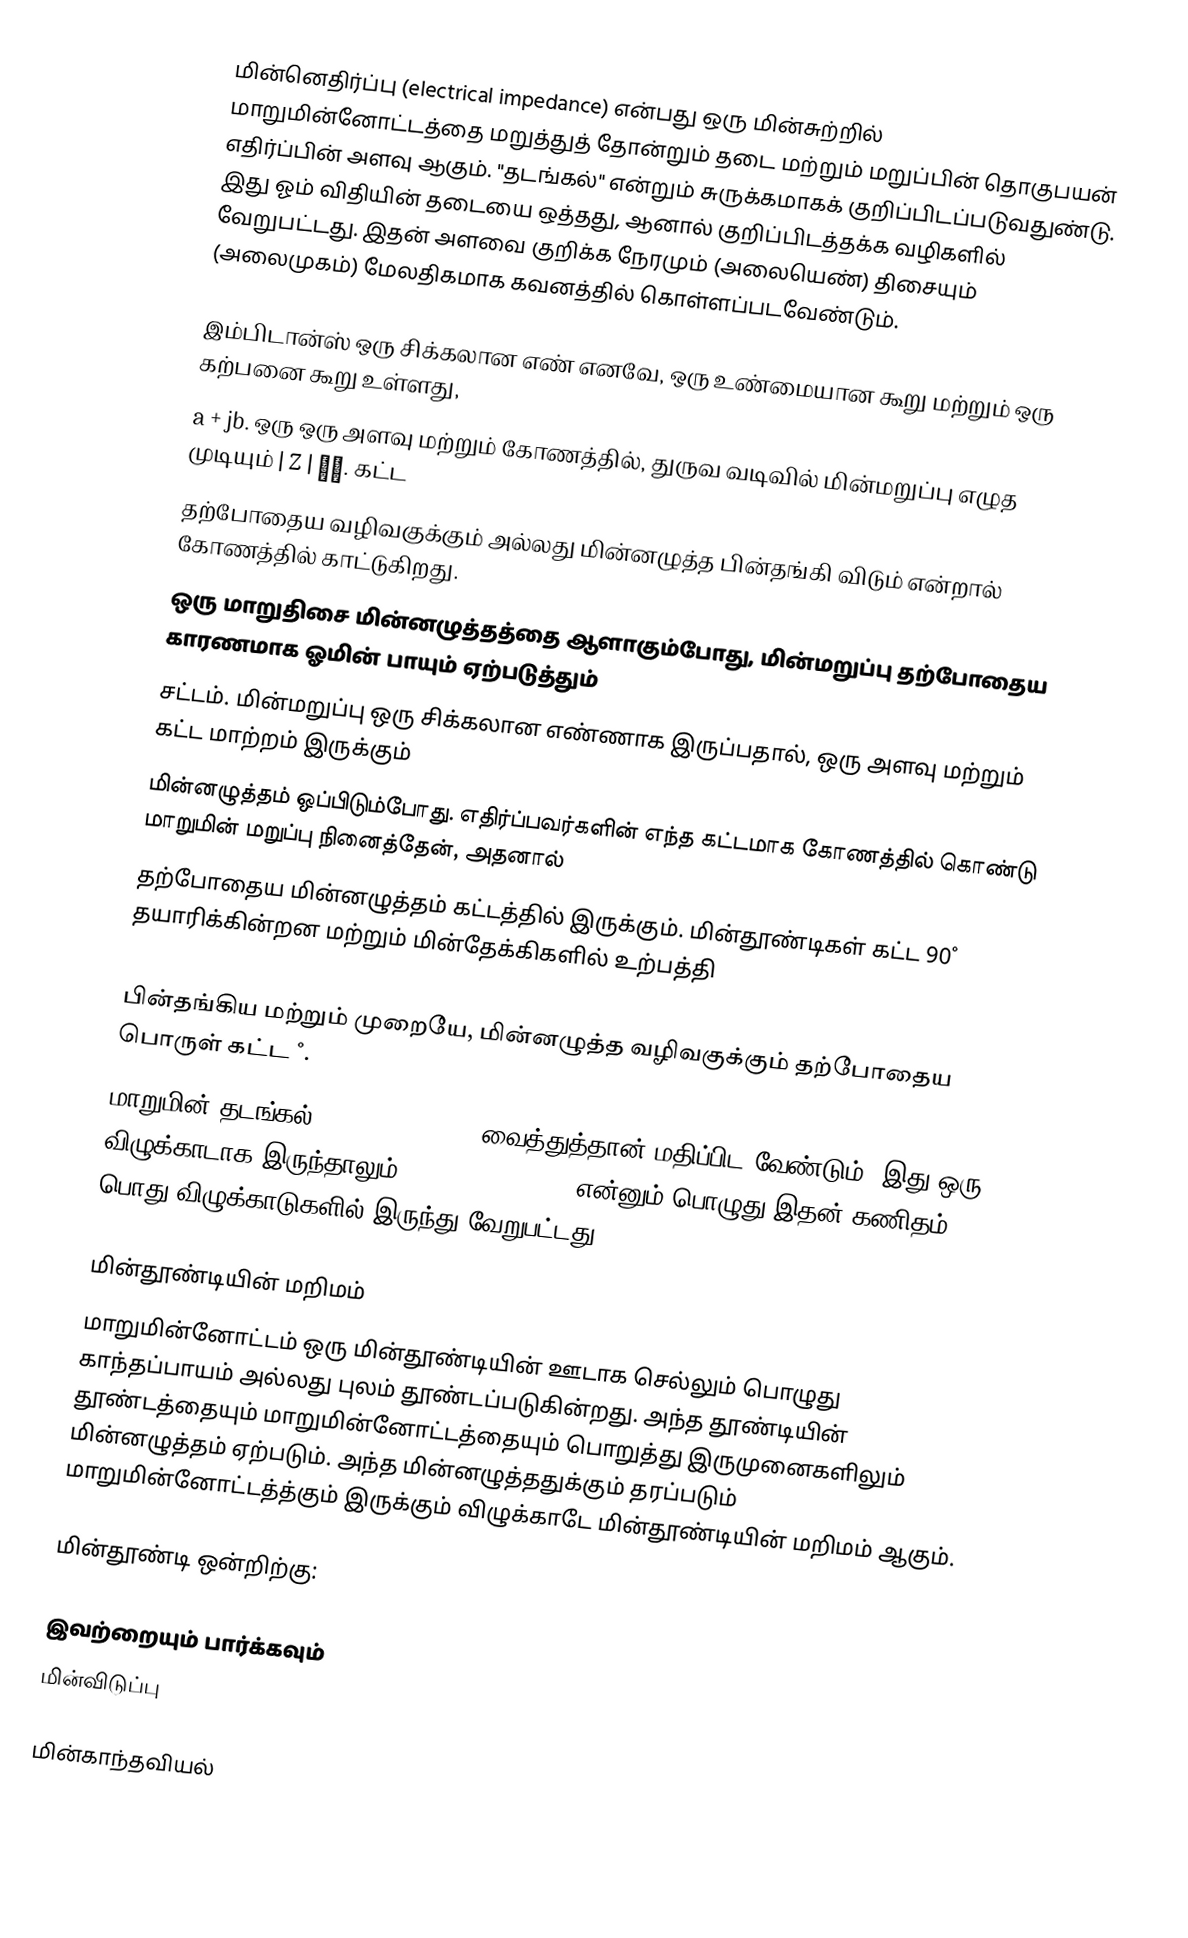
மின்னெதிர்ப்பு (electrical impedance) என்பது ஒரு மின்சுற்றில் மாறுமின்னோட்டத்தை மறுத்துத் தோன்றும் தடை மற்றும் மறுப்பின் தொகுபயன் எதிர்ப்பின் அளவு ஆகும். "தடங்கல்" என்றும் சுருக்கமாகக் குறிப்பிடப்படுவதுண்டு. இது ஓம் விதியின் தடையை ஒத்தது, ஆனால் குறிப்பிடத்தக்க வழிகளில் வேறுபட்டது. இதன் அளவை குறிக்க நேரமும் (அலையெண்) திசையும் (அலைமுகம்) மேலதிகமாக கவனத்தில் கொள்ளப்படவேண்டும்.

இம்பிடான்ஸ் ஒரு சிக்கலான எண் எனவே, ஒரு உண்மையான கூறு மற்றும் ஒரு கற்பனை கூறு உள்ளது,
a + jb. ஒரு ஒரு அளவு மற்றும் கோணத்தில், துருவ வடிவில் மின்மறுப்பு எழுத முடியும் | Z | ∠θ. கட்ட
தற்போதைய வழிவகுக்கும் அல்லது மின்னழுத்த பின்தங்கி விடும் என்றால் கோணத்தில் காட்டுகிறது.
ஒரு மாறுதிசை மின்னழுத்தத்தை ஆளாகும்போது, மின்மறுப்பு தற்போதைய காரணமாக ஓமின் பாயும் ஏற்படுத்தும்
சட்டம். மின்மறுப்பு ஒரு சிக்கலான எண்ணாக இருப்பதால், ஒரு அளவு மற்றும் கட்ட மாற்றம் இருக்கும்
மின்னழுத்தம் ஒப்பிடும்போது. எதிர்ப்பவர்களின் எந்த கட்டமாக கோணத்தில் கொண்டு மாறுமின் மறுப்பு நினைத்தேன், அதனால்
தற்போதைய மின்னழுத்தம் கட்டத்தில் இருக்கும். மின்தூண்டிகள் கட்ட 90˚ தயாரிக்கின்றன மற்றும் மின்தேக்கிகளில் உற்பத்தி
90˚.
பின்தங்கிய மற்றும் முறையே, மின்னழுத்த வழிவகுக்கும் தற்போதைய பொருள் கட்ட ˚.
மாறுமின் தடங்கல் frequency domain வைத்துத்தான் மதிப்பிட வேண்டும். இது ஒரு விழுக்காடாக இருந்தாலும், frequency domain என்னும் பொழுது இதன் கணிதம் பொது விழுக்காடுகளில் இருந்து வேறுபட்டது.

மின்தூண்டியின் மறிமம்
மாறுமின்னோட்டம் ஒரு மின்தூண்டியின் ஊடாக செல்லும் பொழுது காந்தப்பாயம் அல்லது புலம் தூண்டப்படுகின்றது. அந்த தூண்டியின் தூண்டத்தையும் மாறுமின்னோட்டத்தையும் பொறுத்து இருமுனைகளிலும் மின்னழுத்தம் ஏற்படும். அந்த மின்னழுத்ததுக்கும் தரப்படும் மாறுமின்னோட்டத்த்கும் இருக்கும் விழுக்காடே மின்தூண்டியின் மறிமம் ஆகும்.

மின்தூண்டி ஒன்றிற்கு:

இவற்றையும் பார்க்கவும்
 மின்விடுப்பு

மின்காந்தவியல்